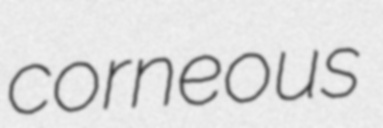
corneous